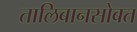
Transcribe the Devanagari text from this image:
तालिबानसोबत